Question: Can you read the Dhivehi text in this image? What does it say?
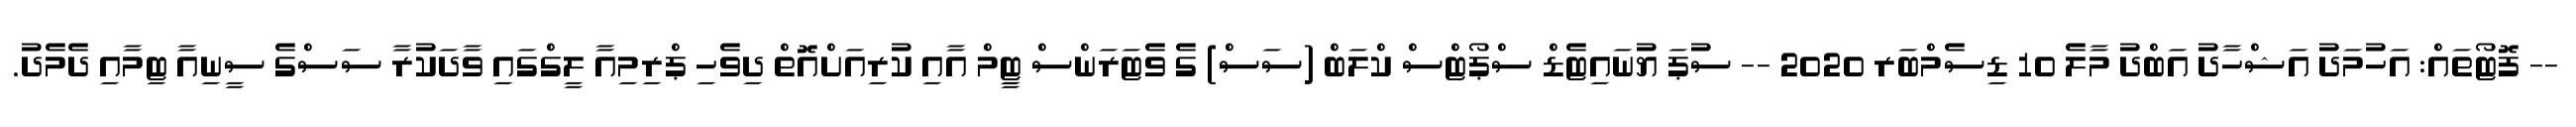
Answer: -- ފޮޓޯތައް: އަހުމަދު އަޝްހާދު އަބްދު މާލެ 10 ޑިސެމްބަރ 2020 -- ސުޕަ ޔުނައިޓެޑް ސްޕޯޓްސް ކްލަބް (ސަސް) ގެ ވެޓަރަންސް ޓިީމް އާއި ކުރިއަށްއޮތް ދިވެހި ޕްރިމިއާ ލީގްގައި ވާދަކުރާ ސަސްގެ ސީނިއާ ޓިމާއި ދެމެދު.